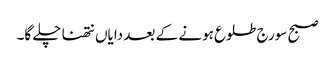
صبح سورج طلوع ہونے کے بعد دایاں نتھنا چلے گا۔